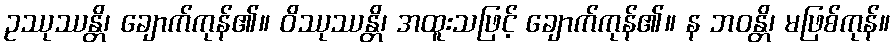
ဥဿုဿန္တိ၊ ချောက်ကုန်၏။ ဝိဿုဿန္တိ၊ အထူးသဖြင့် ချောက်ကုန်၏။ န ဘဝန္တိ၊ မဖြစ်ကုန်။